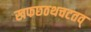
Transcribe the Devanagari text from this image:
खफछठथचटतव्